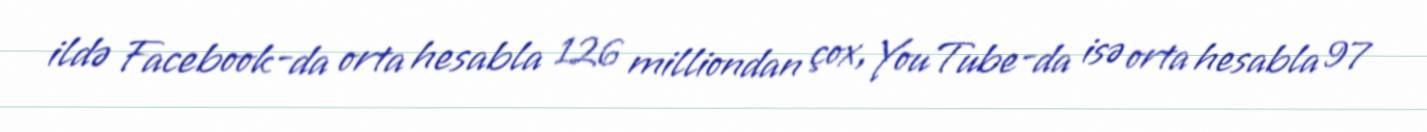
ildə Facebook-da orta hesabla 126 milliondan çox, YouTube-da isə orta hesabla 97